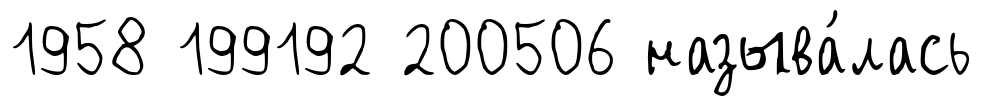
1958 199192 200506 называ́лась